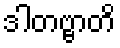
ဒါတဗ္ဗာတိ